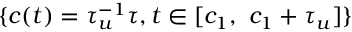
\{ c ( t ) = \tau _ { u } ^ { - 1 } \tau , t \in [ c _ { 1 } , \ c _ { 1 } + \tau _ { u } ] \}